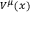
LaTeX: \scriptstyle V ^ { \mu } ( x )